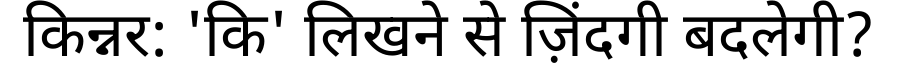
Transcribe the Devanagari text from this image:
किन्नर: 'कि' लिखने से ज़िंदगी बदलेगी?